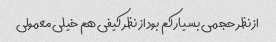
از نظر حجمی بسیار کم بود از نظر کیفی هم خیلی معمولی